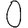
Digit: 0